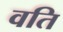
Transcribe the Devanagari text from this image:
वति